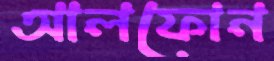
আলফোন